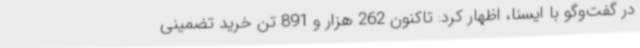
در گفت‌وگو با ایسنا، اظهار کرد: تاکنون 262 هزار و 891 تن خرید تضمینی